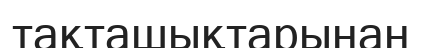
тақташықтарынан